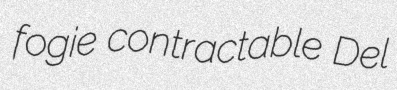
fogie contractable Del